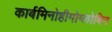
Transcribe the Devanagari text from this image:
कार्बमिनोहीमोग्लोबिन